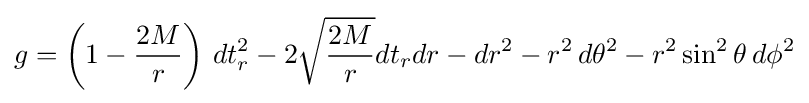
g=\left(1-{\frac {2M}{r}}\right)\,dt_{r}^{2}-2{\sqrt {\frac {2M}{r}}}dt_{r}dr-dr^{2}-r^{2}\,d\theta ^{2}-r^{2}\sin ^{2}\theta \,d\phi ^{2}